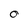
Character: O